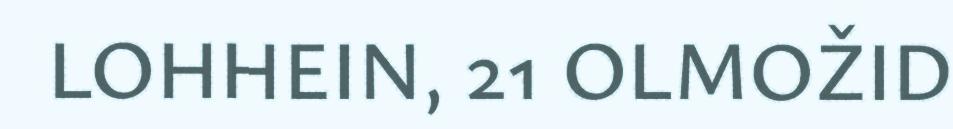
LOHHEIN, 21 OLMOŽID